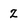
Character: Z